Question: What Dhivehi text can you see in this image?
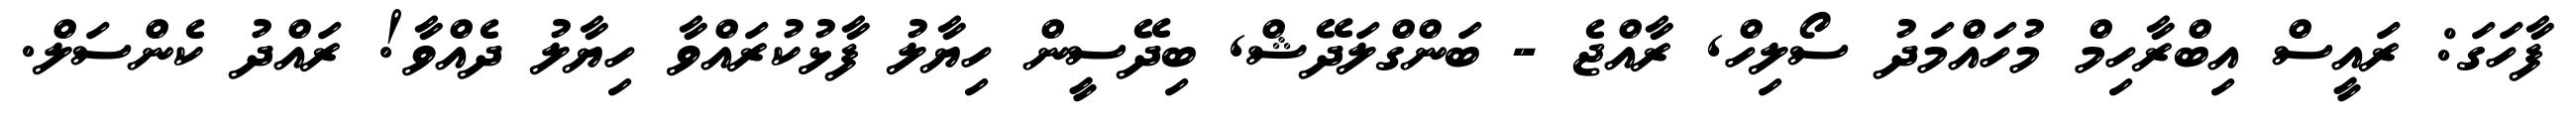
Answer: ފާހަގަ: ރައީސް އިބްރާހިމް މުހައްމަދު ސޯލިހް, ރާއްޖެ - ބަންގްލަދޭޝް, ބިދޭސީން ހިޔާލު ފާޅުކުރައްވާ ހިޔާލު ދެއްވާ! ރައްދު ކެންސަލް.